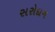
સરોદાગ